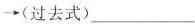
\rightarrow(过去式)___